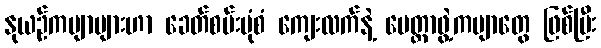
နုယဉ်ကဗျာများဟာ ခေတ်စမ်းပုံစံ ကျေးလက်နဲ့ မေတ္တာဖွဲ့ကဗျာတွေ ဖြစ်ပြီး